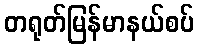
တရုတ်မြန်မာနယ်စပ်